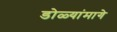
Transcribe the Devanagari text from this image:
डोळ्यांमागे